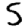
Digit: 5